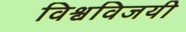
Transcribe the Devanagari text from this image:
विश्वविजयी